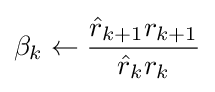
\beta _{k}\leftarrow {{\hat {r}}_{k+1}r_{k+1} \over {\hat {r}}_{k}r_{k}}